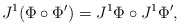
\begin{align*}J^1(\Phi\circ\Phi')=J^1\Phi\circ J^1\Phi',\end{align*}